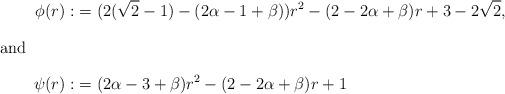
LaTeX: \begin{align*}\phi(r):&=(2(\sqrt{2}-1)-(2\alpha-1+\beta))r^2-(2-2\alpha+\beta)r+3-2\sqrt{2},\intertext{and}\psi(r):&=(2\alpha-3+\beta)r^2-(2-2\alpha+\beta)r+1\end{align*}